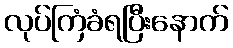
လုပ်ကြံခံရပြီးနောက်